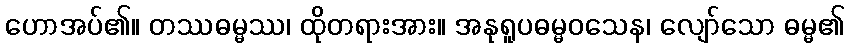
ဟောအပ်၏။ တဿဓမ္မဿ၊ ထိုတရားအား။ အနုရူပဓမ္မဝသေန၊ လျော်သော ဓမ္မ၏